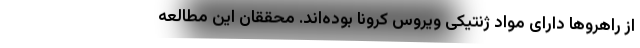
از راهروها دارای مواد ژنتیکی ویروس کرونا بوده‌اند. محققان این مطالعه